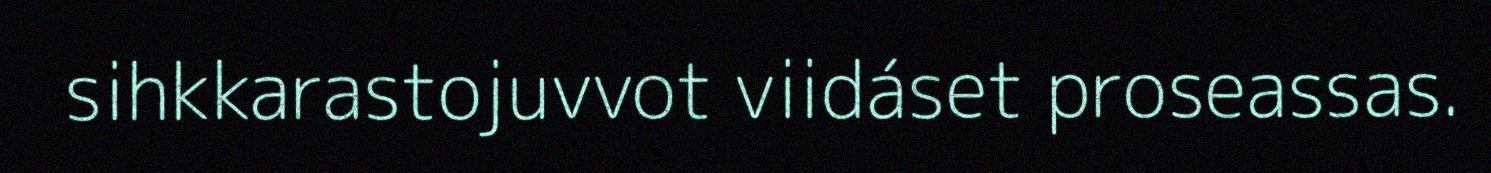
sihkkarastojuvvot viidáset proseassas.